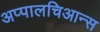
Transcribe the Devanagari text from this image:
अप्पालचिआन्स